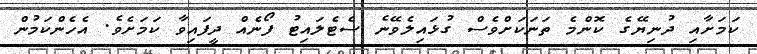
ކަމަށާއި ދުނިޔޭގެ ކޮންމެ ތަނަކަށްވެސް ގުޅައިލެވޭނެ ސެޓެލައިޓު ފޯނެއް ދީފައިވާ ކަމަށެވެ. އެހެންކަމުން